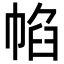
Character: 㡊